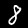
Label: 8